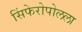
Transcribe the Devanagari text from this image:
सिंफेरोपोलला